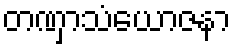
တဏှာသံယောဇနာ